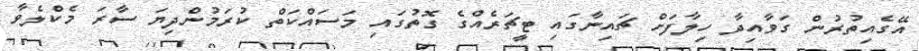
އޭގެއިތުރުން ގަވާއިދާ ހިލާފަށް ޗައިނާގައި ޓީޗަރެއްގެ ގޮތުގައި މަސައްކަތް ކުރަމުންދިޔަ ސާރަ މެކްލެވާ